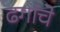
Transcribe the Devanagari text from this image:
ढगांचे